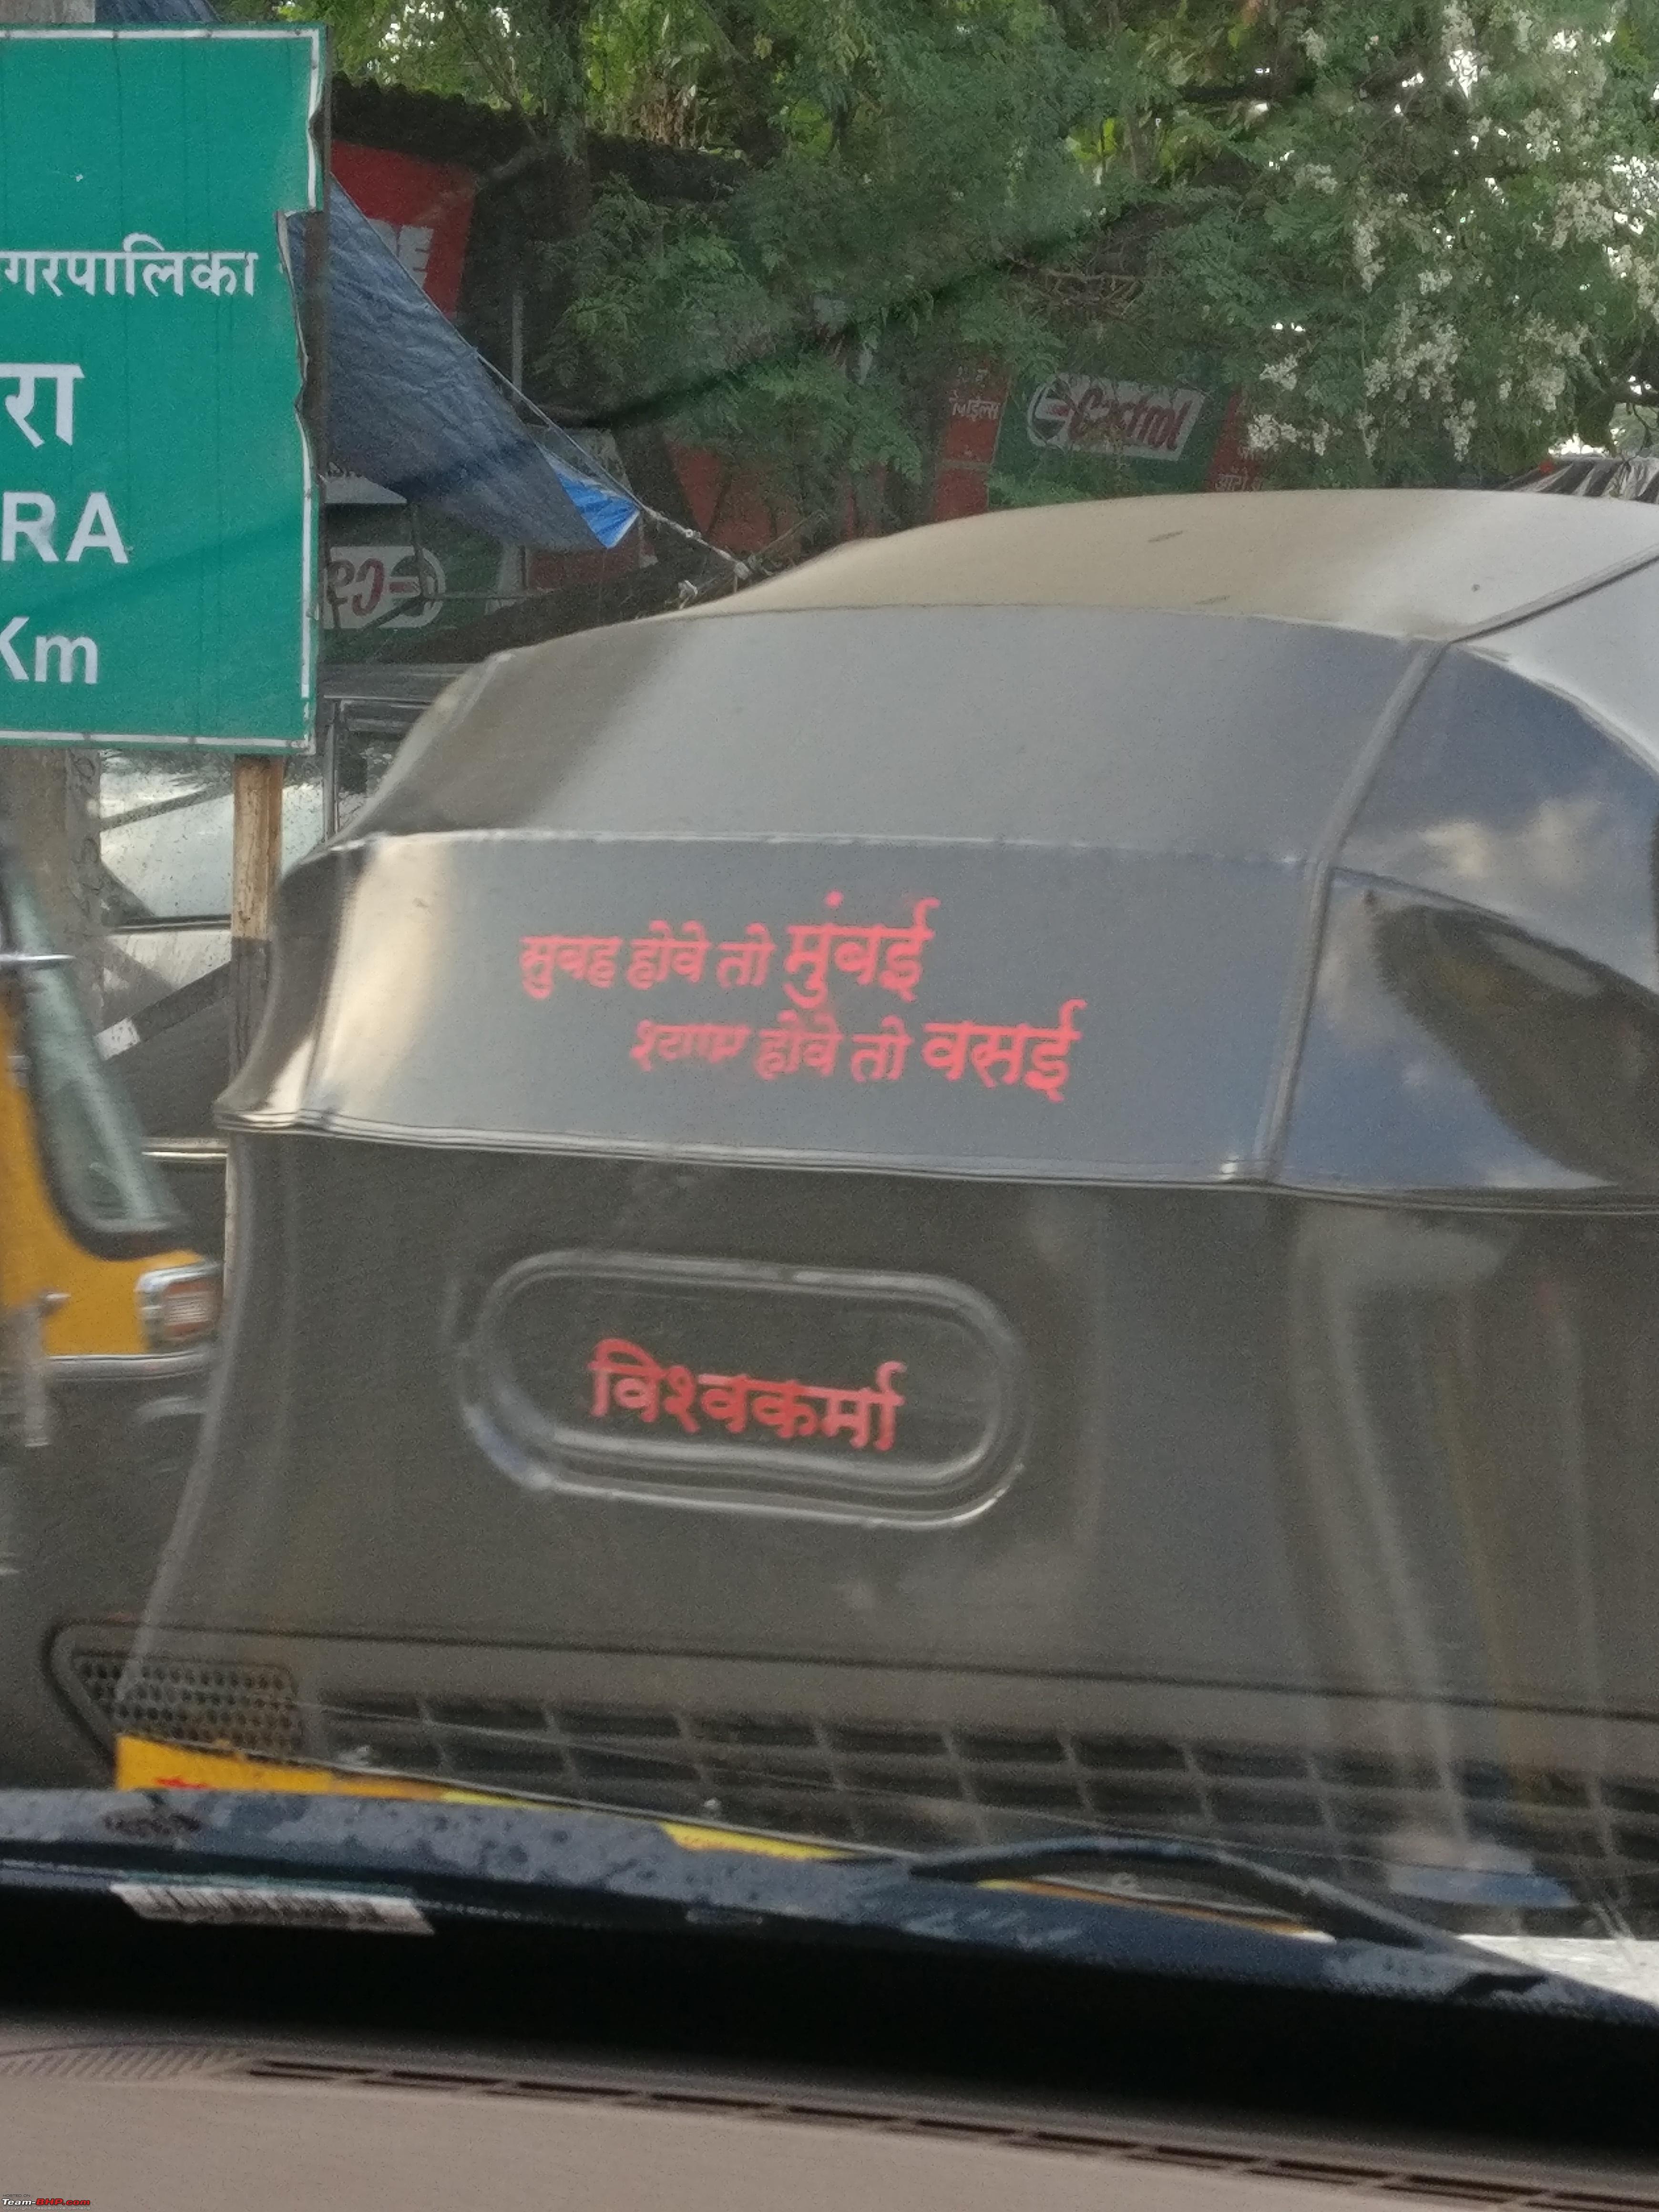
Language: marathi
Transcription: विश्‍वकर्मा श्याम सुबह मुंबई तो होवे तो होवे वसई